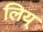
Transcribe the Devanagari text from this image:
लिय्